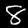
Label: 8